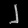
Digit: ၂